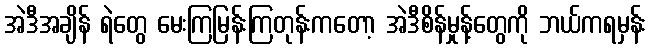
အဲဒီအချိန် ရဲတွေ မေးကြမြန်းကြတုန်းကတော့ အဲဒီစိန်မှုန့်တွေကို ဘယ်ကရမှန်း